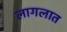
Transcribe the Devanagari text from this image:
लागलात